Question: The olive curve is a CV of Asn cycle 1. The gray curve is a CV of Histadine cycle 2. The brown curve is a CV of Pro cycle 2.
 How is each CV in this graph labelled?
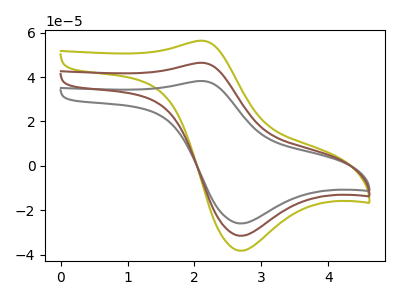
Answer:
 <answer>The olive curve is labeled "Asn cycle 1". The gray curve is labeled "Histadine cycle 2". The brown curve is labeled "Pro cycle 2".</answer>
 <eval></eval>